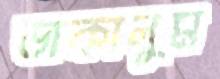
ডাকালুম